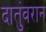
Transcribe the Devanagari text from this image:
दातुंवरान